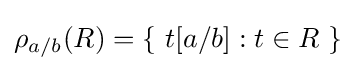
\rho _{a/b}(R)=\{\ t[a/b]:t\in R\ \}